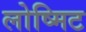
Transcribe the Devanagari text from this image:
लोष्मिट